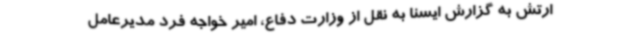
ارتش به گزارش ایسنا به نقل از وزارت دفاع، امیر خواجه فرد مدیرعامل